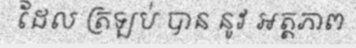
ដែល ត្រឡប់ បាន នូវ អត្តភាព